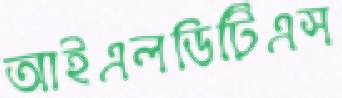
আইএলডিটিএস